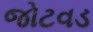
જોટવડ